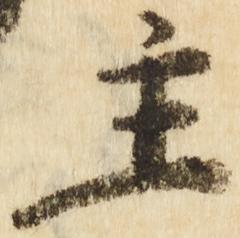
主